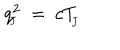
q _ { \! _ { J } } ^ { 2 } \ = \ c T _ { \! _ { J } }